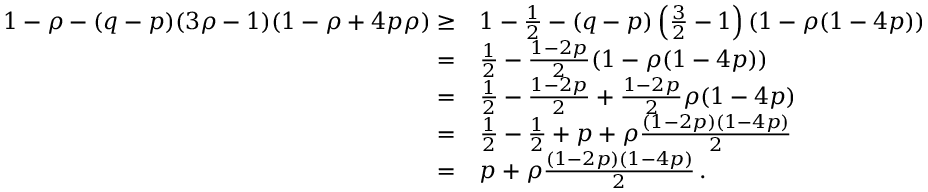
\begin{array} { r l } { 1 - \rho - ( q - p ) ( 3 \rho - 1 ) ( 1 - \rho + 4 p \rho ) \ge } & { 1 - \frac { 1 } { 2 } - ( q - p ) \left( \frac { 3 } { 2 } - 1 \right) ( 1 - \rho ( 1 - 4 p ) ) } \\ { = } & { \frac { 1 } { 2 } - \frac { 1 - 2 p } { 2 } ( 1 - \rho ( 1 - 4 p ) ) } \\ { = } & { \frac { 1 } { 2 } - \frac { 1 - 2 p } { 2 } + \frac { 1 - 2 p } { 2 } \rho ( 1 - 4 p ) } \\ { = } & { \frac { 1 } { 2 } - \frac { 1 } { 2 } + p + \rho \frac { ( 1 - 2 p ) ( 1 - 4 p ) } { 2 } } \\ { = } & { p + \rho \frac { ( 1 - 2 p ) ( 1 - 4 p ) } { 2 } \, . } \end{array}